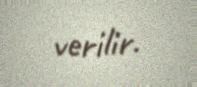
verilir.